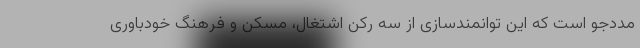
مددجو است که این توانمندسازی از سه رکن اشتغال، مسکن و فرهنگ خودباوری